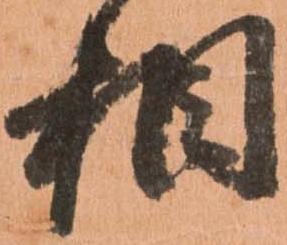
相